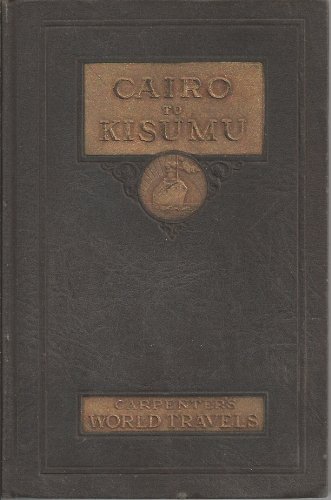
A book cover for Carpenter's World Travels: Cairo to Kisumu. Egypt, The Sudan, Kenya Colony; Frank G. Carpenter; Travel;